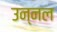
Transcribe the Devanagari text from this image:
उन्नल